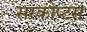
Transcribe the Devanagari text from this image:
सरकोप्टस